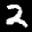
Label: 2